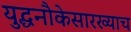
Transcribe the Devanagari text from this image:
युद्धनौकेसारख्याच